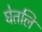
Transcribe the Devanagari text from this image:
घेतलि